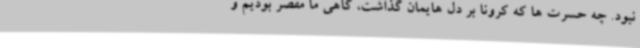
نبود. چه حسرت ها که کرونا بر دل هایمان گذاشت، گاهی ما مقصر بودیم و